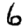
Digit: 6